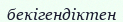
бекігендіктен